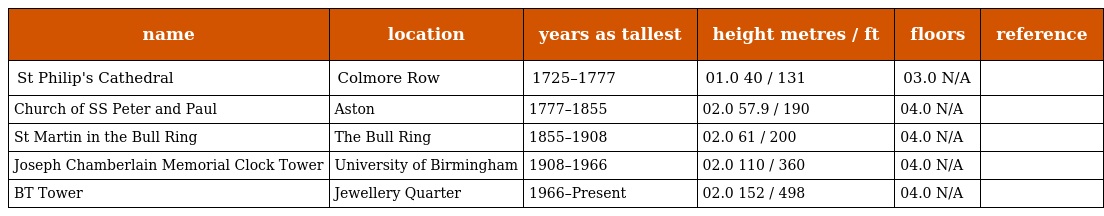
| name | location | years as tallest | height metres / ft | floors | reference |
 | --- | --- | --- | --- | --- | --- |
 | St Philip's Cathedral | Colmore Row | 1725–1777 | 01.0 40 / 131 | 03.0 N/A |  |
 | Church of SS Peter and Paul | Aston | 1777–1855 | 02.0 57.9 / 190 | 04.0 N/A |  |
 | St Martin in the Bull Ring | The Bull Ring | 1855–1908 | 02.0 61 / 200 | 04.0 N/A |  |
 | Joseph Chamberlain Memorial Clock Tower | University of Birmingham | 1908–1966 | 02.0 110 / 360 | 04.0 N/A |  |
 | BT Tower | Jewellery Quarter | 1966–Present | 02.0 152 / 498 | 04.0 N/A |  |